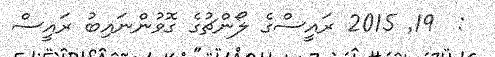
:  19